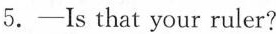
5.— Is that your ruler?